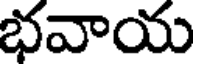
భవాయ